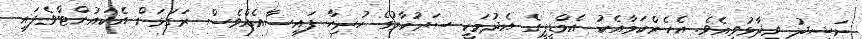
ނަޝީދު ވިދާޅުވިއެވެ. އެހެންކަމާއެކު އެމްޑީޕީގެ އެދުމަކީ ސަރުކާރުގެ ހުރިހާ ފައިސާއެއްވެސް ރަގަޅަށް އެކައުންޓްވެފައި